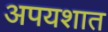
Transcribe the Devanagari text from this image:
अपयशात